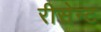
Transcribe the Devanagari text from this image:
रीसेन्ट